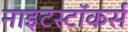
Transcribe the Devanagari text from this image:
नाइटस्टॉकर्स